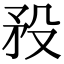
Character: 𥍟